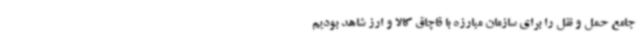
جامع حمل و نقل را برای سازمان مبارزه با قاچاق کالا و ارز شاهد بودیم